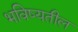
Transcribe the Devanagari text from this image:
भविष्यतील